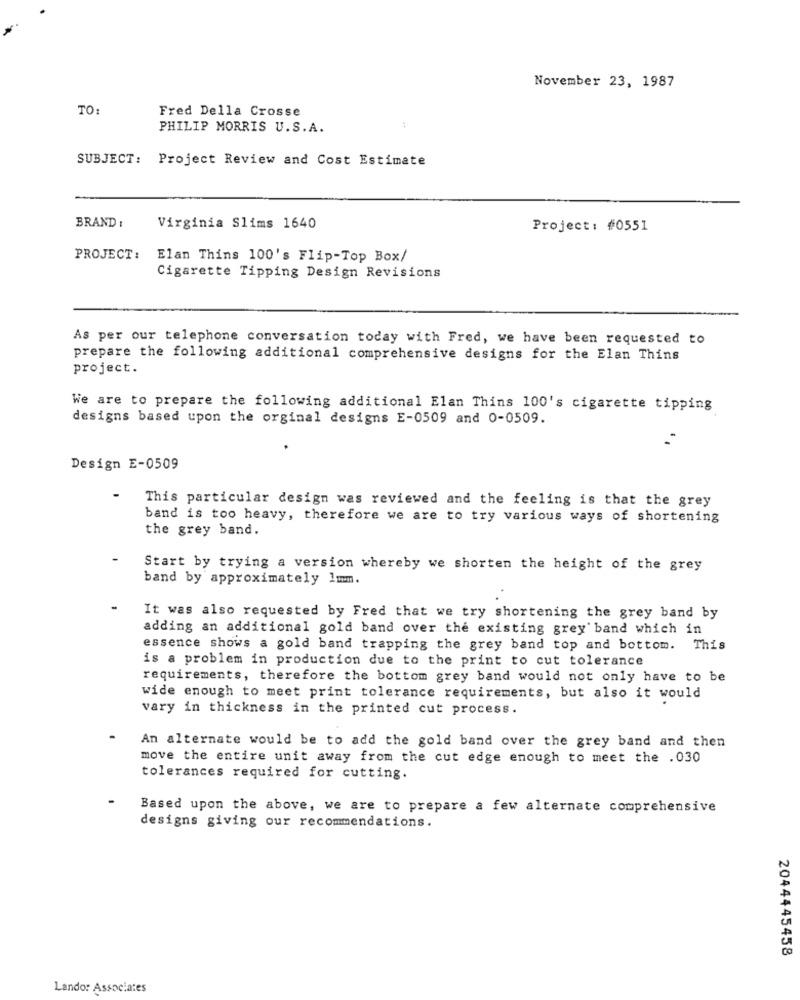
November 23, 1987
TO:
Fred Della Crosse
PHILIP MORRIS U.S.A.
SUBJECT: Project Review and Cost Estimate
BRAND :
Virginia Slims 1640
Project: #0551
PROJECT:
Elan Thins 100's Flip-Top Box/
Cigarette Tipping Design Revisions
As per our telephone conversation today with Fred, we have been requested to
prepare the following additional comprehensive designs for the Elan Thins
project.
We are to prepare the following additional Elan Thins 100's cigarette tipping
designs based upon the orginal designs E-0509 and 0-0509.
Design E-0509
This particular design was reviewed and the feeling is that the grey
band is too heavy, therefore we are to try various ways of shortening
the grey band.
Start by trying a version whereby we shorten the height of the grey
band by approximately 1mm.
It was also requested by Fred that we try shortening the grey band by
adding an additional gold band over the existing grey band which in
essence shows a gold band trapping the grey band top and bottom. This
is a problem in production due to the print to cut tolerance
requirements, therefore the bottom grey band would not only have to be
wide enough to meet print tolerance requirements, but also it would
vary in thickness in the printed cut process.
An alternate would be to add the gold band over the grey band and then
move the entire unit away from the cut edge enough to meet the .030
tolerances required for cutting.
Based upon the above, we are to prepare a few alternate comprehensive
designs giving our recommendations.
2044445458
Lando: Associates